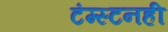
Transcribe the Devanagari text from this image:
टंग्स्टनही